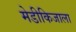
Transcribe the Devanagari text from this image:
मेडीकिजाला